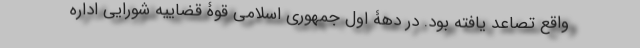
واقع تصاعد یافته بود. در دهۀ اول جمهوری اسلامی قوۀ قضاییه شورایی اداره